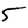
Digit: 5